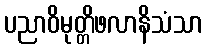
ပညာဝိမုတ္တိဖလာနိသံသာ